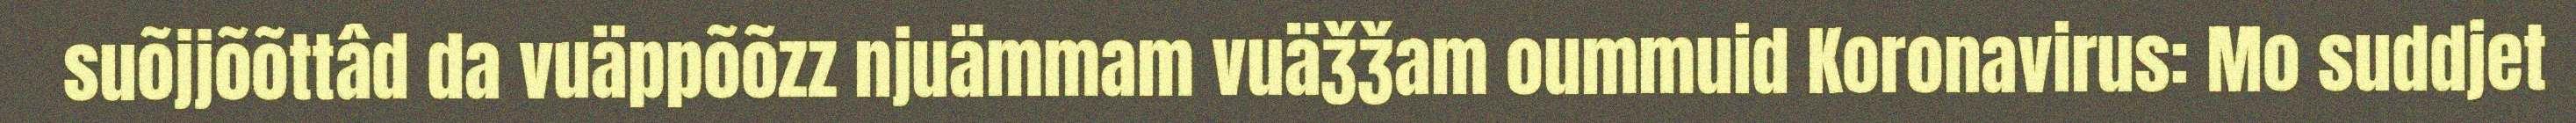
suõjjõõttâd da vuäppõõzz njuämmam vuäǯǯam oummuid Koronavirus: Mo suddjet